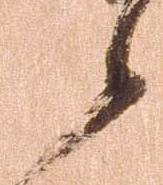
候